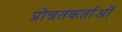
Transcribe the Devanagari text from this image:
प्रोन्नतकर्ताओं